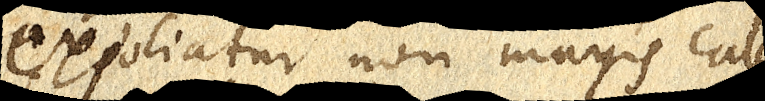
expoliatur non magis cale–